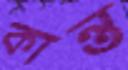
কান্ত